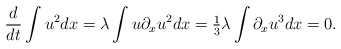
\begin{align*}\frac{d}{dt} \int u ^2dx = \lambda\int u\partial_x u^2 dx=\tfrac13 \lambda\int \partial_x u^3 dx= 0.\end{align*}